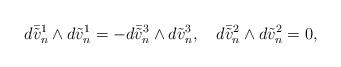
LaTeX: \begin{align*} d\bar{\tilde{v}}_{n}^{1} \wedge d\tilde{v}_{n}^{1}=-d\bar{\tilde{v}}_{n}^{3} \wedge d\tilde{v}_{n}^{3}, \ \ \ d\bar{\tilde{v}}_{n}^{2} \wedge d\tilde{v}_{n}^{2}=0, \end{align*}